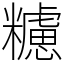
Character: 𥽜